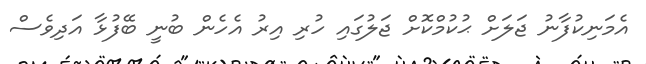
އެމަނިކުފާނު ޖަލަށް ޙުކުމްކޮށް ޖަލުގައި ހުރި އިރު އެހެން ބުނީ ބޭފުޅާ އަދިވެސް